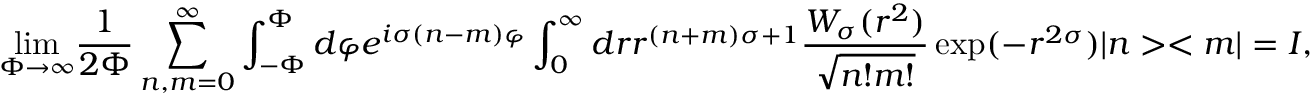
\underset { \Phi \rightarrow \infty } { \operatorname* { l i m } } \frac { 1 } { 2 \Phi } \sum _ { n , m = 0 } ^ { \infty } \int _ { - \Phi } ^ { \Phi } d \varphi e ^ { i \sigma ( n - m ) \varphi } \int _ { 0 } ^ { \infty } d r r ^ { ( n + m ) \sigma + 1 } \frac { W _ { \sigma } ( r ^ { 2 } ) } { \sqrt { n ! m ! } } \exp ( - r ^ { 2 \sigma } ) | n > < m | = I ,